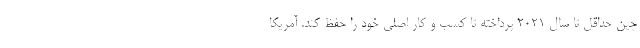
چین حداقل تا سال ۲۰۲۱ پرداخته تا کسب و کار اصلی خود را حفظ کند. آمریکا